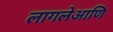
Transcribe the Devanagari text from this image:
लागलेआणि